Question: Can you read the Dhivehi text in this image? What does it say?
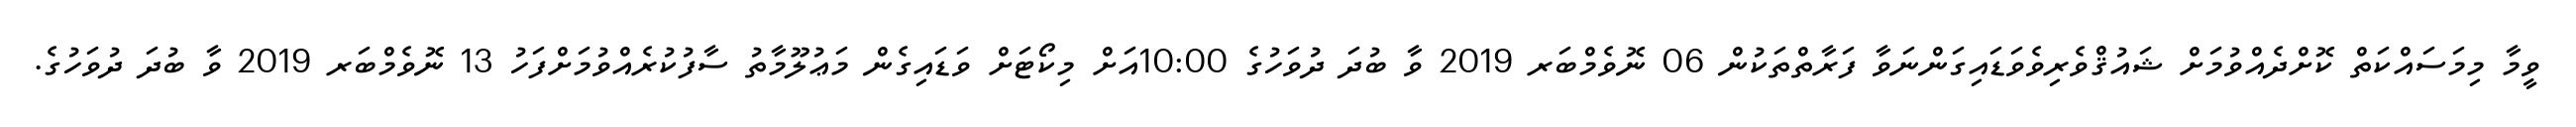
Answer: ވީމާ މިމަސައްކަތް ކޮށްދެއްވުމަށް ޝައުޤްވެރިވެވަޑައިގަންނަވާ ފަރާތްތަކުން 06 ނޮވެމްބަރ 2019 ވާ ބުދަ ދުވަހުގެ 10:00އަށް މިކޯޓަށް ވަޑައިގެން މަޢުލޫމާތު ސާފުކުރެއްވުމަށްފަހު 13 ނޮވެމްބަރ 2019 ވާ ބުދަ ދުވަހުގެ.